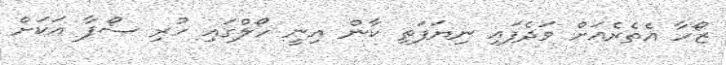
ޒޯހާ އެތެރެއަށް ވަދެފައި ނިޔަފަތި ކާން އިނީ ހޯލްގައި ހުރި ސޯފާ އަކަށް